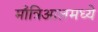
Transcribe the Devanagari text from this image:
माँत्रिआलमध्ये